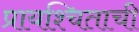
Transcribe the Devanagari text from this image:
प्रायश्चिताची